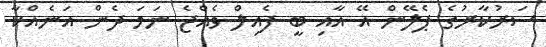
ސަރުކާރުގެ ޕެލޭން އޭ އާއި ބީ ފެއިލް ވެއްޖެ ނަމަ ދެން އަނެއްކާ